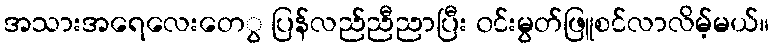
အသားအရေလေးတေွ ပြန်လည်ညီညာပြီး ၀င်းမွတ်ဖြူစင်လာလိမ့်မယ်။